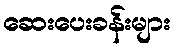
ဆေးပေးခန်းများ